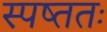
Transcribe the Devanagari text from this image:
स्पष्ततः